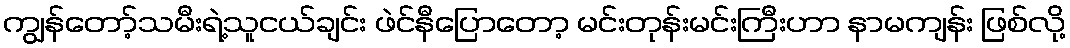
ကျွန်တော့်သမီးရဲ့သူငယ်ချင်း ဖဲင်နီပြောတော့ မင်းတုန်းမင်းကြီးဟာ နာမကျန်း ဖြစ်လို့